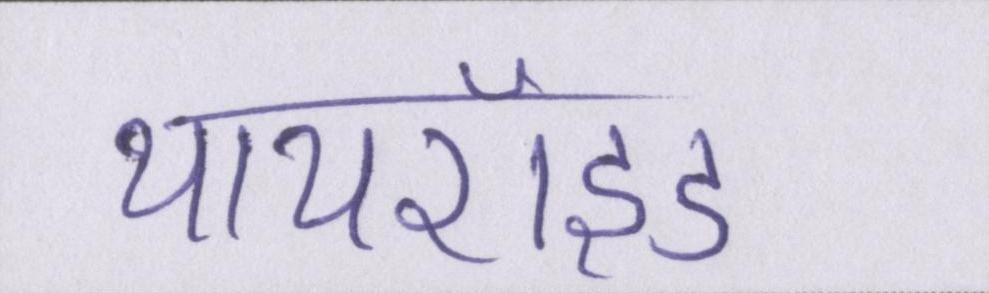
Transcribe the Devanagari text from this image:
थायरॉइड